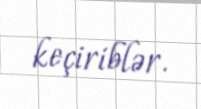
keçiriblər.